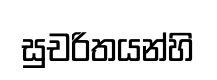
සුචරිතයන්හි